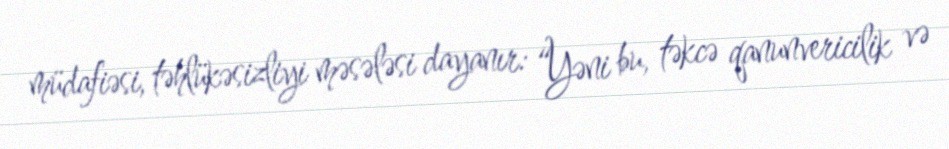
müdafiəsi, təhlükəsizliyi məsələsi dayanır: “Yəni bu, təkcə qanunvericilik və